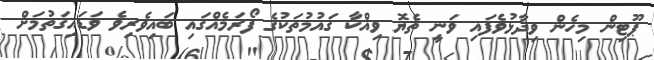
ޕޫޓިން މިހެން ވިދާޅުވެފައި ވަނީ ތެޔޮ ވިއްކާ ގައުމުތަކުގެ ފޯރަމެއްގައި ބައިވެރިވެ ވަޑައިގަތުމަށް